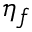
\eta _ { f }